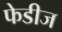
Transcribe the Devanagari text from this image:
फेडीज